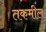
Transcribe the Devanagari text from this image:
तकमील